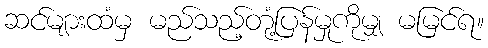
ဆင်များထံမှ မည်သည့်တုံ့ပြန်မှုကိုမျှ မမြင်ရ။